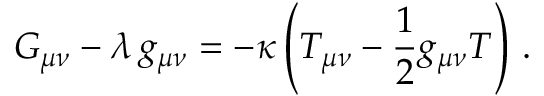
G _ { \mu \nu } - \lambda \, g _ { \mu \nu } = - \kappa \left( T _ { \mu \nu } - \frac { 1 } { 2 } g _ { \mu \nu } T \right) \, .